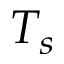
T _ { s }